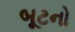
બૂટનો